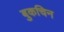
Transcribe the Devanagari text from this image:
बुकचिन